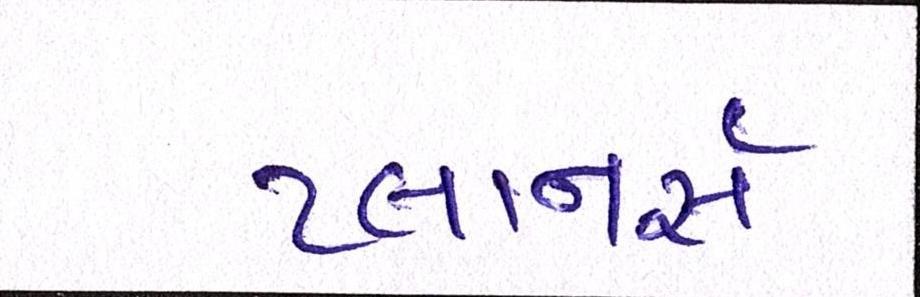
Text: પ્લાનર્સ